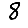
Digit: 8